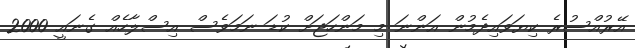
އޭރުއްސުރެ ކިޔަވައިދެމުން އަންނަ މި މަންހަޖަށް ކުޑަ ނަމަވެސް އިސްލާހެއް ގެނައީ 2000